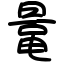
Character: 鼌